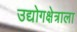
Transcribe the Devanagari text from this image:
उद्योगक्षेत्राला